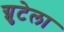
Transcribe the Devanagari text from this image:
ग्नुटेला